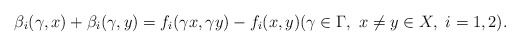
\begin{align*} \beta_i(\gamma,x)+\beta_i(\gamma,y)=f_i(\gamma x,\gamma y)-f_i(x,y)(\gamma\in\Gamma,\ x\ne y\in X,\ i=1,2).\end{align*}